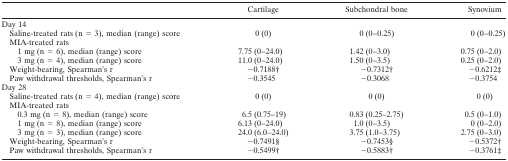
<table><thead><tr><td></td><td><b>Cartilage</b></td><td><b>Subchondral bone</b></td><td><b>Synovium</b></td></tr></thead><tbody><tr><td>Day 14</td><td></td><td></td><td></td></tr><tr><td> Saline-treated rats (n = 3), median (range) score</td><td>0 (0)</td><td>0 (0–0.25)</td><td>0 (0–0.25)</td></tr><tr><td> MIA-treated rats</td><td></td><td></td><td></td></tr><tr><td>1 mg (n = 6), median (range) score</td><td>7.75 (0–24.0)</td><td>1.42 (0–3.0)</td><td>0.75 (0–2.0)</td></tr><tr><td>3 mg (n = 4), median (range) score</td><td>11.0 (0–24.0)</td><td>1.50 (0–3.5)</td><td>0.25 (0–2.0)</td></tr><tr><td> Weight-bearing, Spearman&#x27;s r</td><td>−0.7188†</td><td>−0.7312†</td><td>−0.6212‡</td></tr><tr><td> Paw withdrawal thresholds, Spearman&#x27;s r</td><td>−0.3545</td><td>−0.3068</td><td>−0.3754</td></tr><tr><td>Day 28</td><td></td><td></td><td></td></tr><tr><td> Saline-treated rats (n = 4), median (range) score</td><td>0 (0)</td><td>0 (0)</td><td>0 (0)</td></tr><tr><td> MIA-treated rats</td><td></td><td></td><td></td></tr><tr><td>0.3 mg (n = 8), median (range) score</td><td>6.5 (0.75–19)</td><td>0.83 (0.25–2.75)</td><td>0.5 (0–1.0)</td></tr><tr><td>1 mg (n = 8), median (range) score</td><td>6.13 (0–24.0)</td><td>1.0 (0–3.5)</td><td>0 (0–2.0)</td></tr><tr><td>3 mg (n = 3), median (range) score</td><td>24.0 (6.0–24.0)</td><td>3.75 (1.0–3.75)</td><td>2.75 (0–3.0)</td></tr><tr><td> Weight-bearing, Spearman&#x27;s r</td><td>−0.7491§</td><td>−0.7453§</td><td>−0.5372†</td></tr><tr><td> Paw withdrawal thresholds, Spearman&#x27;s r</td><td>−0.5499†</td><td>−0.5883†</td><td>−0.3761‡</td></tr></tbody></table>